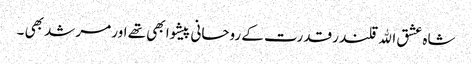
شاہ عشق اﷲ قلندر قدرت کے روحانی پیشوا بھی تھے اور مرشد بھی ۔